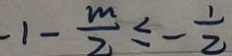
- 1 - \frac { m } { 2 } \leq - \frac { 1 } { 2 }